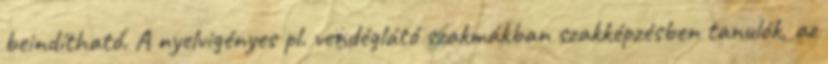
beindítható. A nyelvigényes pl. vendéglátó szakmákban szakképzésben tanulók, az